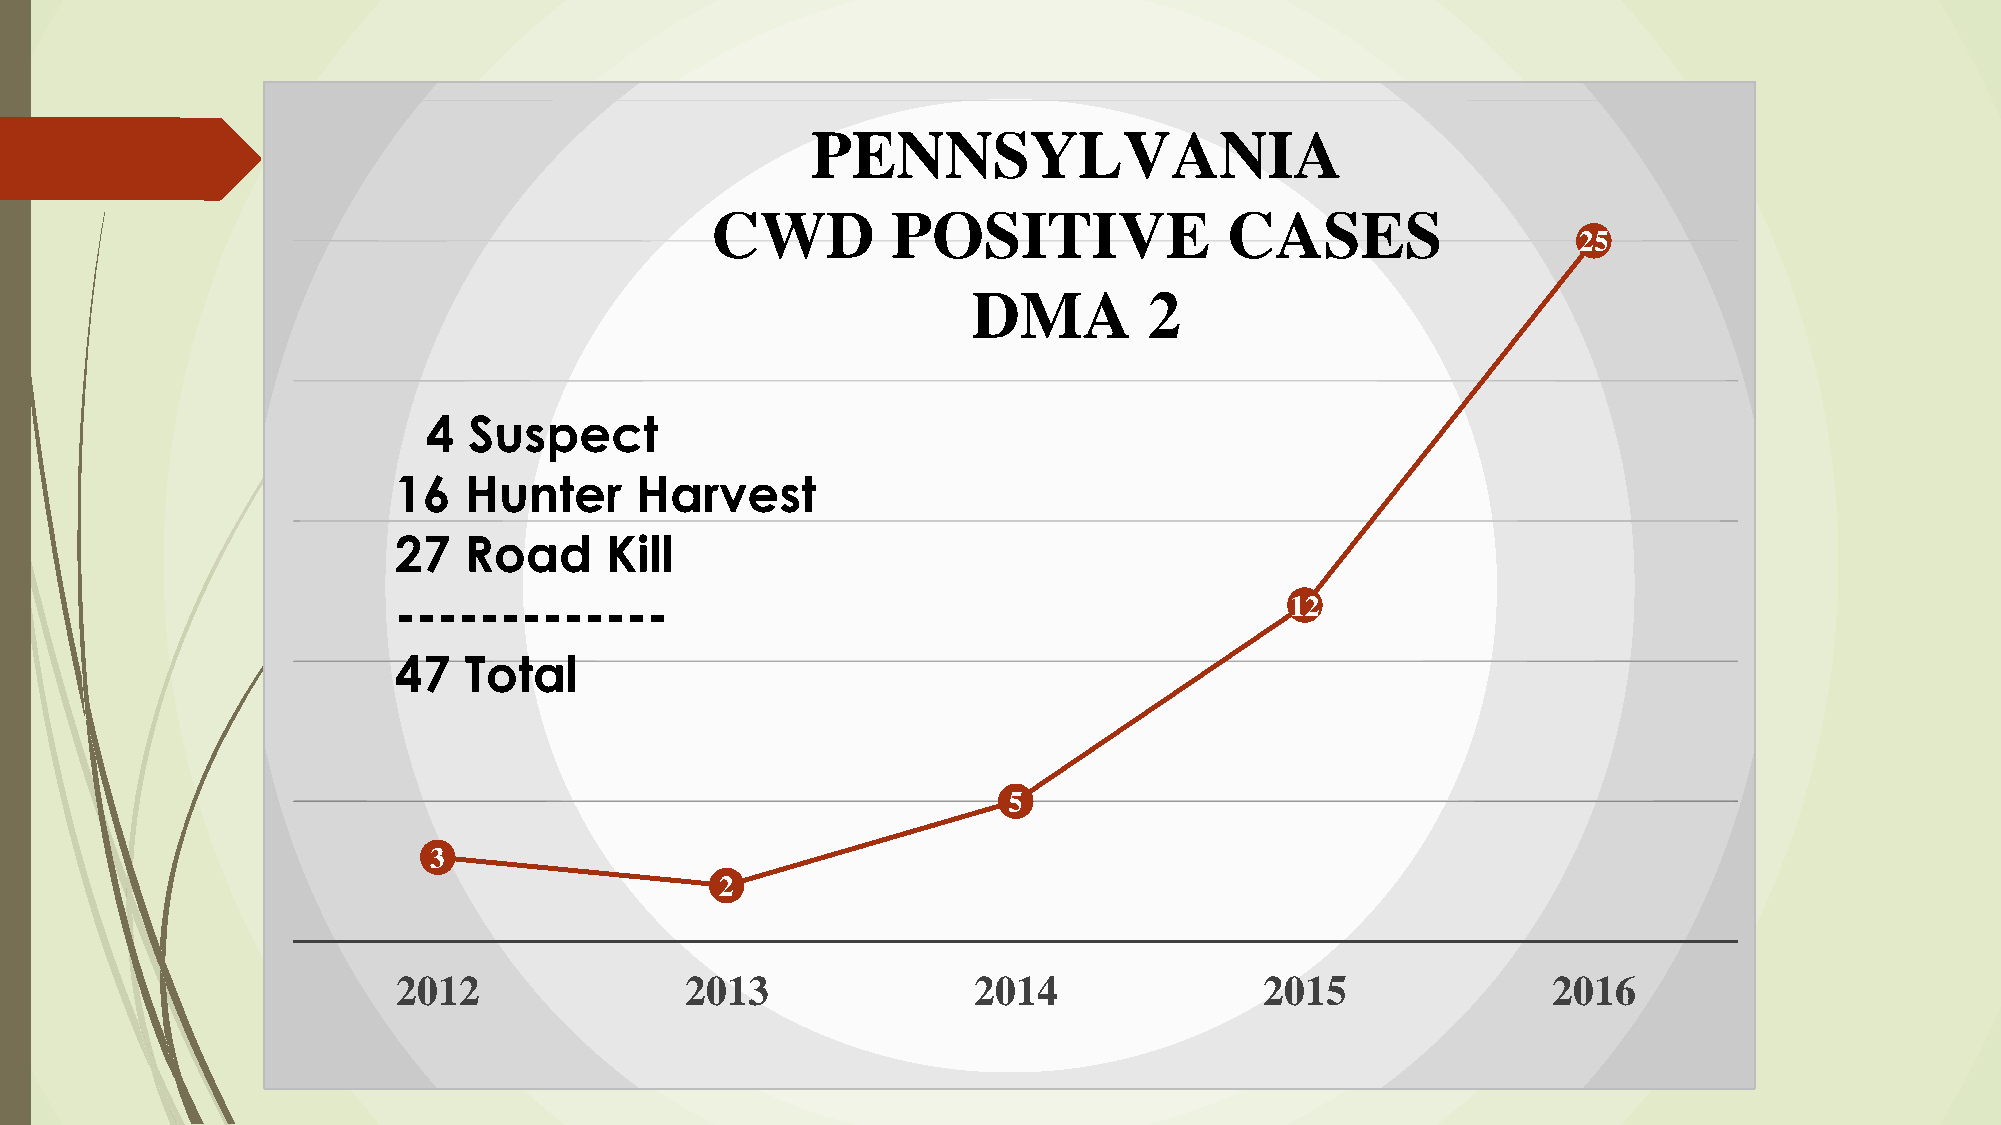
PENNSYLVANIA
 CWD         POSITIVE              CASES
 25
 DMA         2
 4  Suspect
 16   Hunter     Harvest
 27   Road     Kill
 -------------                                              12
 47   Total
 5
 3
 2
 2012               2013               2014                2015               2016